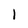
Character: l